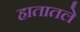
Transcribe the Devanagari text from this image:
हातातले